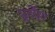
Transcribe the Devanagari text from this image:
पूर्वेश